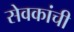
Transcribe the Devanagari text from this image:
सेवकांची